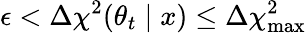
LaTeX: \epsilon<\Delta\chi^{2}(\theta_{t}\mid x)\le\Delta\chi_{\mathrm{max}}^{2}